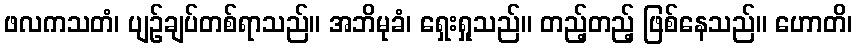
ဖလကသတံ၊ ပျဉ်ချပ်တစ်ရာသည်။ အဘိမုခံ၊ ရှေးရှုသည်။ တည့်တည့် ဖြစ်နေသည်။ ဟောတိ၊